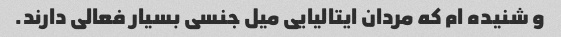
و شنیده ام که مردان ایتالیایی میل جنسی بسیار فعالی دارند.